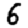
Digit: 6